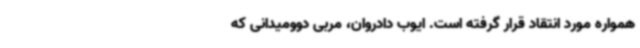
همواره مورد انتقاد قرار گرفته است. ایوب دادروان، مربی دوومیدانی که